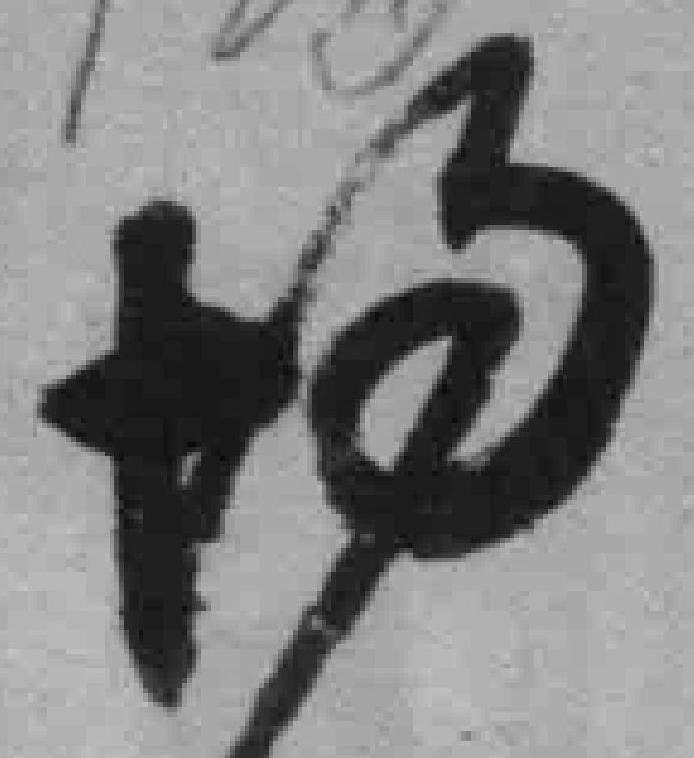
均